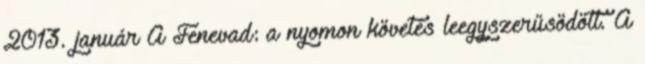
2013. január A Fenevad: a nyomon követés leegyszerűsödött. A